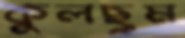
কুলছুম